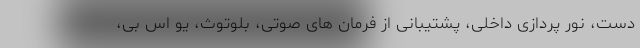
دست، نور پردازی داخلی، پشتیبانی از فرمان های صوتی، بلوتوث، یو اس بی،